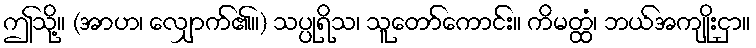
ဤသို့။ (အာဟ၊ လျှောက်၏။) သပ္ပုရိသ၊ သူတော်ကောင်း။ ကိမတ္ထံ၊ ဘယ်အကျိုးငှာ။